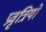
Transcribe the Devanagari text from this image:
प्रवृत्रियों